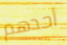
أحدهم